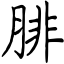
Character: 腓